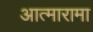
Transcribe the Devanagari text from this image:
आत्मारामा